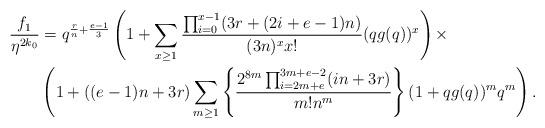
LaTeX: \begin{align*}\frac{f_1}{\eta^{2k_0}} &= q^{\frac{r}{n}+\frac{e-1}{3}}\left(1+\sum_{x\geq 1}\frac{\prod_{i = 0}^{x-1}(3r+(2i+e-1)n)}{(3n)^xx!}(qg(q))^x\right)\times \\&\left(1+((e-1)n+3r)\sum_{m\geq 1} \left\{\frac{2^{8m}\prod_{i=2m+e}^{3m+e-2}(in+3r)}{m!n^m}\right\}(1+qg(q))^mq^{m}\right).\end{align*}